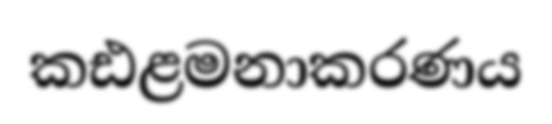
කඪළමනාකරණය